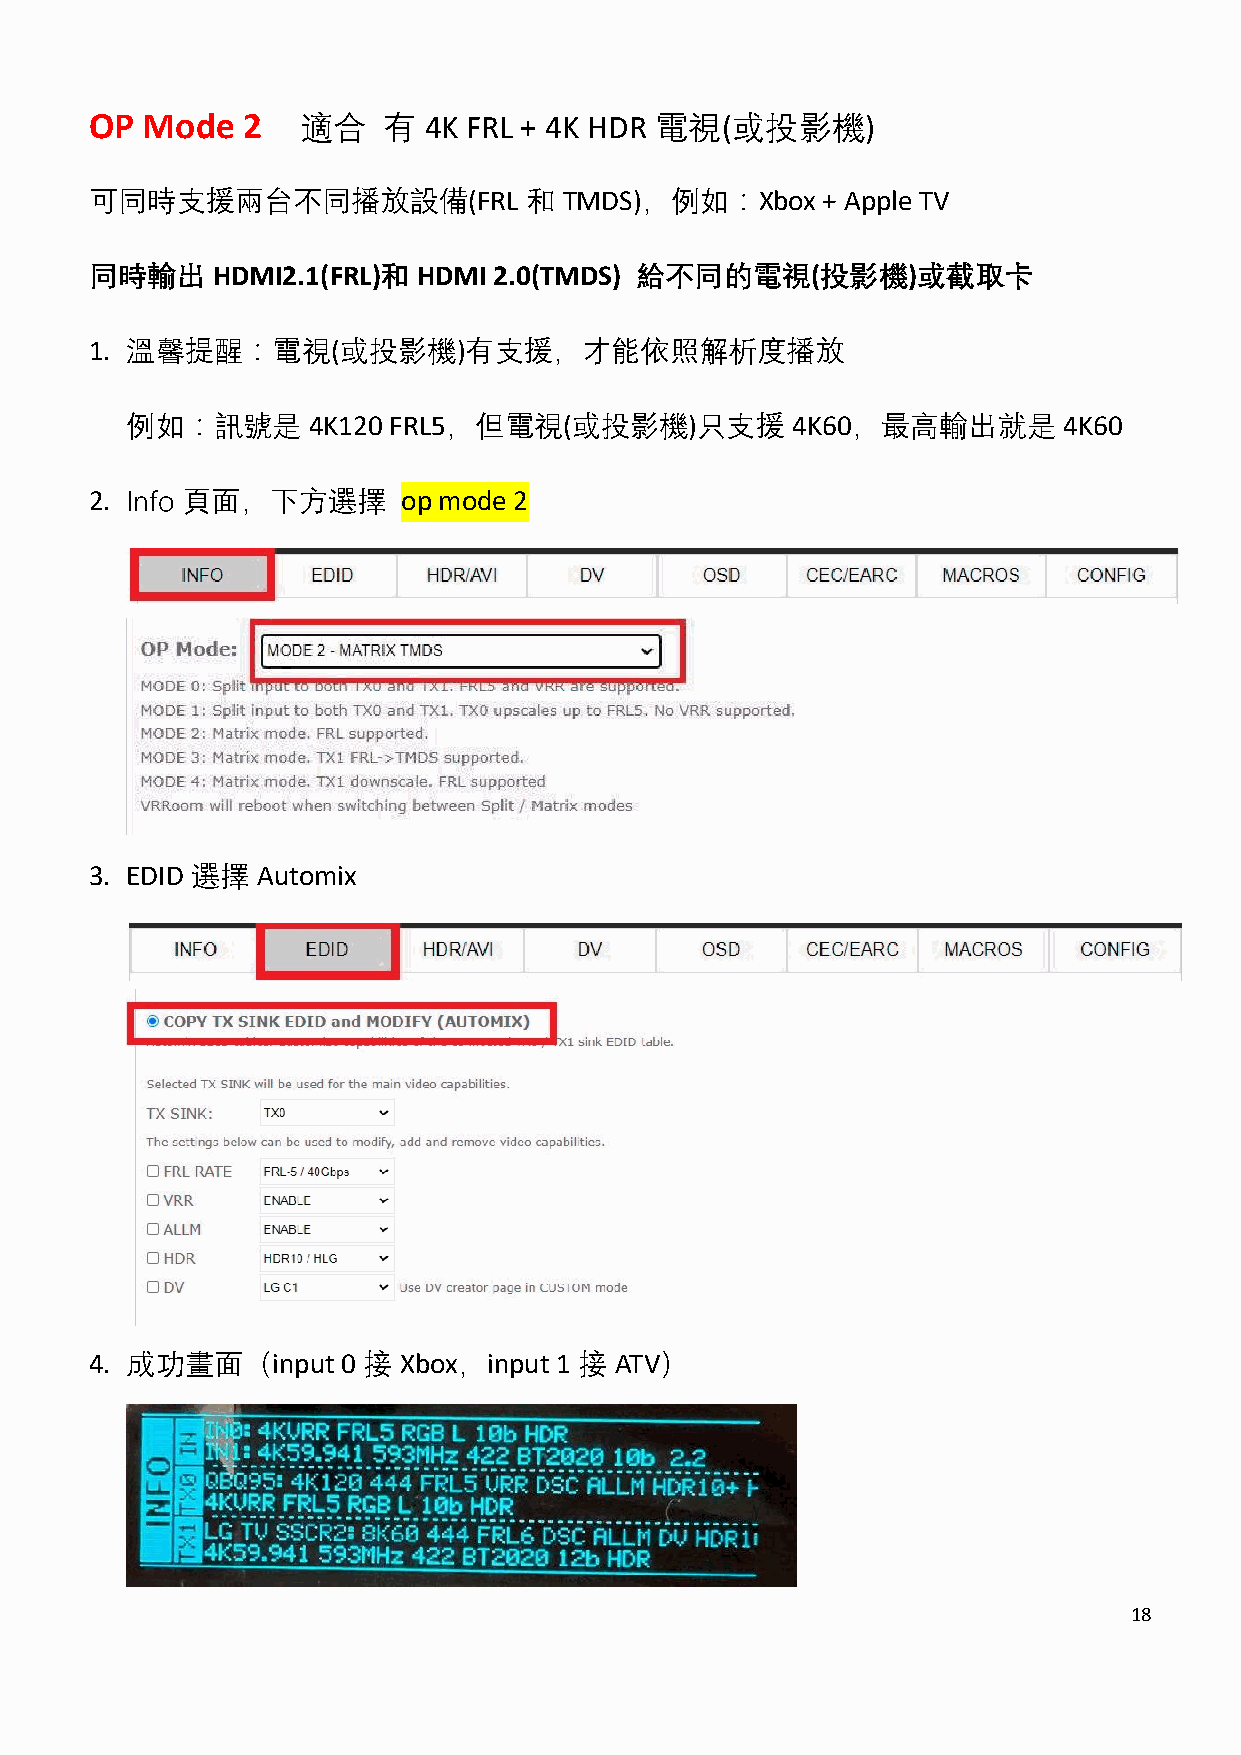
OP Mode   2   適合   有  4K FRL + 4K HDR 電視(或投影機)
 可同時支援兩台不同播放設備(FRL            和 TMDS)，例如：Xbox    + Apple TV
 同時輸出    HDMI2.1(FRL)和 HDMI 2.0(TMDS) 給不同的電視(投影機)或截取卡
 1. 溫馨提醒：電視(或投影機)有支援，才能依照解析度播放
 例如：訊號是      4K120 FRL5，但電視(或投影機)只支援         4K60，最高輸出就是       4K60
 2. Info 頁面，下方選擇      op mode 2
 3. EDID 選擇 Automix
 4. 成功畫面（input    0 接 Xbox，input 1 接 ATV）
 18